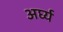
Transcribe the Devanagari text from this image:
अर्घ्य